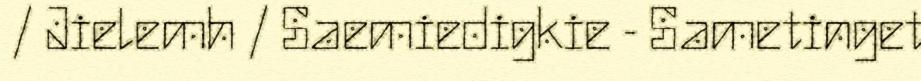
/ Jielemh / Saemiedigkie - Sametinget